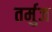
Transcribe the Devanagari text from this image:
तर्मुज